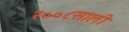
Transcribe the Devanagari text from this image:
२००८साली